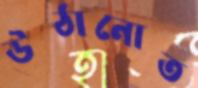
উঠানোত